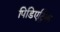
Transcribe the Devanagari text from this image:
पिडिएट्रिक